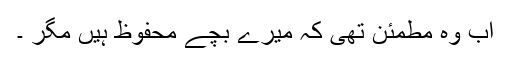
اب وہ مطمئن تھی کہ میرے بچے محفوظ ہیں مگر ۔